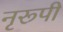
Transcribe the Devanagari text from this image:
नृरूपी